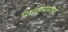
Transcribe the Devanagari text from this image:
पायांप्रमाणे